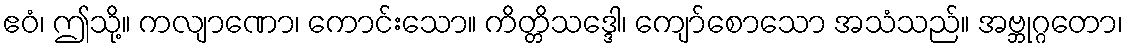
ဧဝံ၊ ဤသို့။ ကလျာဏော၊ ကောင်းသော။ ကိတ္တိသဒ္ဒေါ၊ ကျော်စောသော အသံသည်။ အဗ္ဘုဂ္ဂတော၊